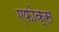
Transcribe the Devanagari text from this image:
एफोक्स